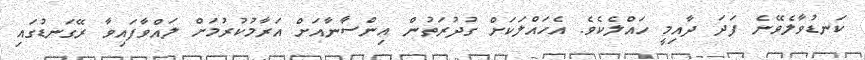
ކަނޑުވާލެވޭނެ ފަދަ ދާއިމީ ހައްލެކެވެ. އެހައްލަކަށް ގުދުރަތުން އިންސާނާއަށް އަރާމުކުރުމަށް ލައްވާފައިވާ ރޭގަނޑުގައި